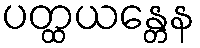
ပတ္ထယန္တေန